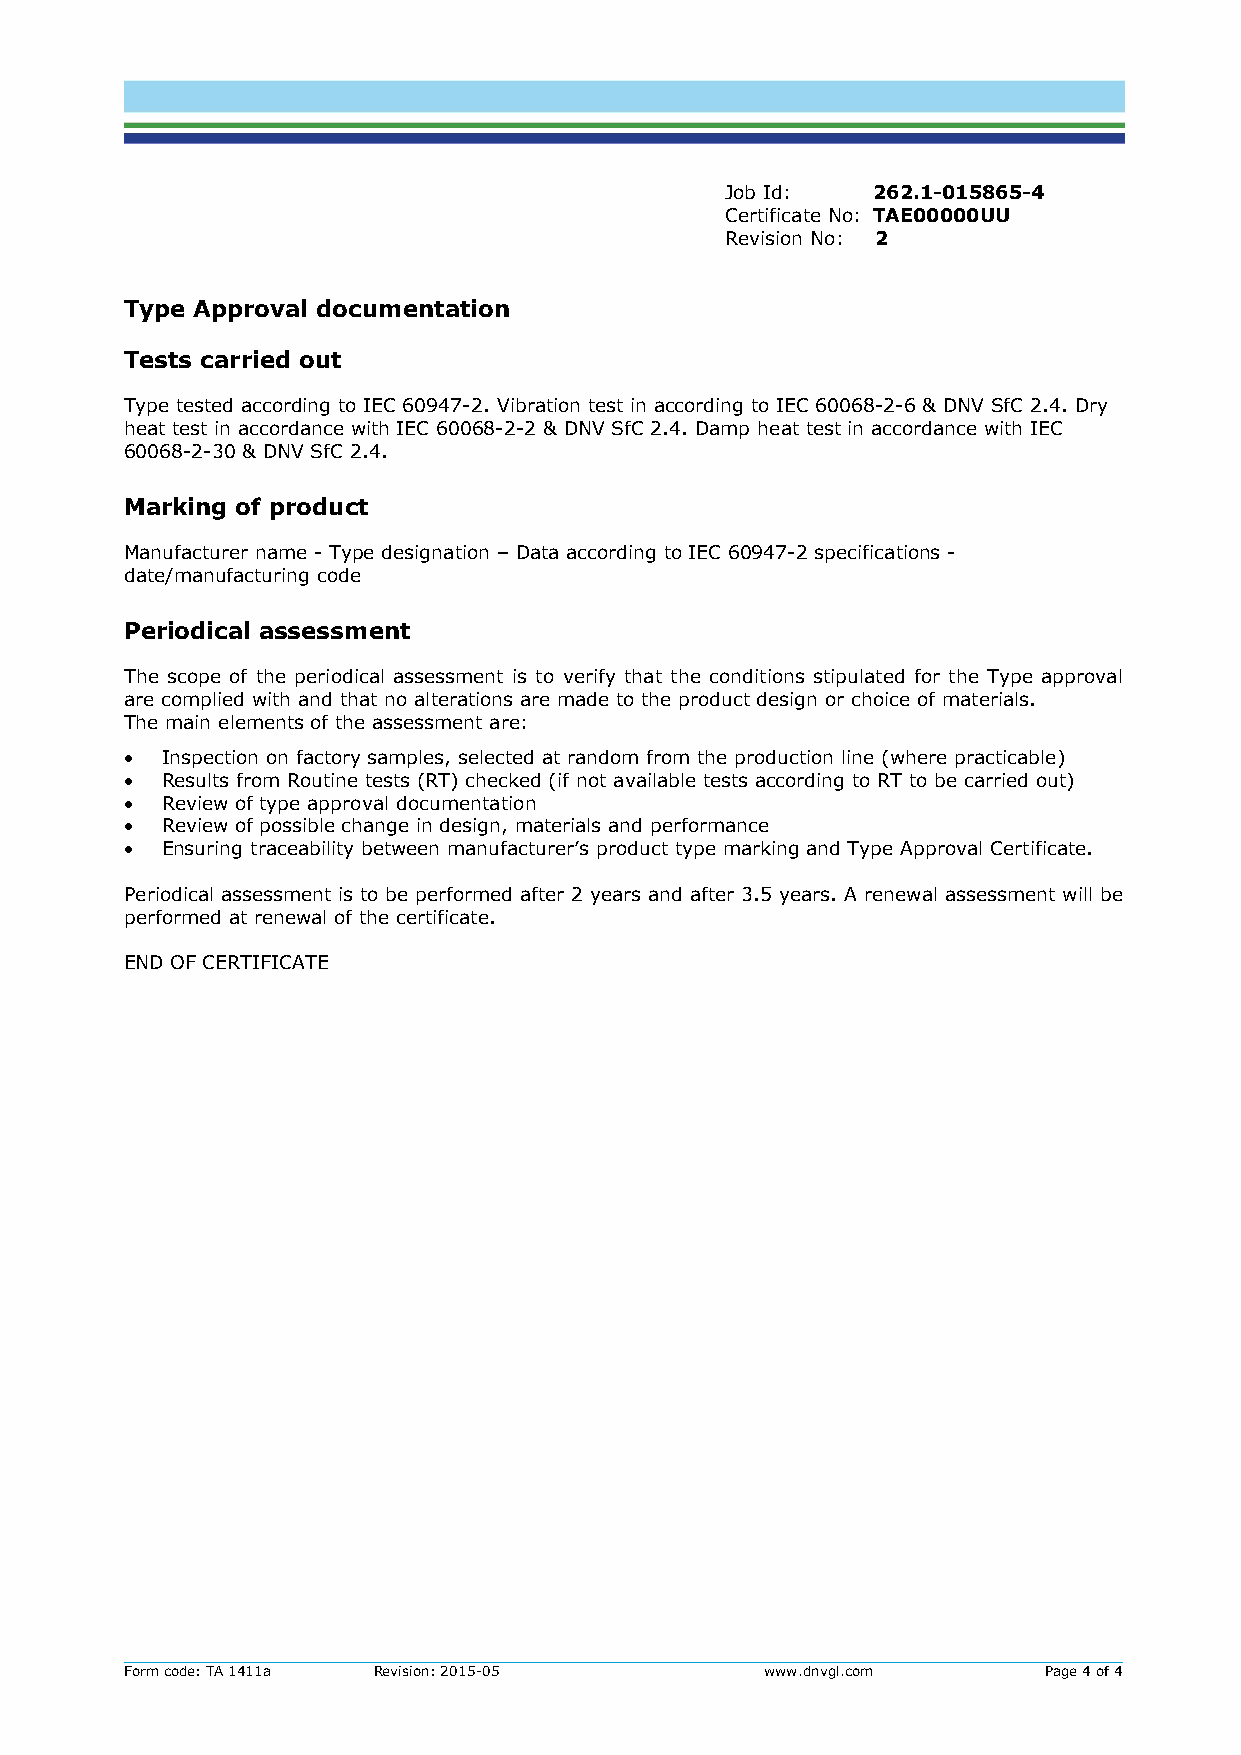
Job Id:   262.1-015865-4
 Certificate No: TAE00000UU
 Revision No: 2
 Type Approval documentation
 Tests carried out
 Type tested according to IEC 60947-2. Vibration test in according to IEC 60068-2-6 & DNV SfC 2.4. Dry
 heat test in accordance with IEC 60068-2-2 & DNV SfC 2.4. Damp heat test in accordance with IEC
 60068-2-30 & DNV SfC 2.4.
 Marking of product
 Manufacturer name - Type designation – Data according to IEC 60947-2 specifications -
 date/manufacturing code
 Periodical assessment
 The scope of the periodical assessment is to verify that the conditions stipulated for the Type approval
 are complied with and that no alterations are made to the product design or choice of materials.
 The main elements of the assessment are:
   Inspection on factory samples, selected at random from the production line (where practicable)
   Results from Routine tests (RT) checked (if not available tests according to RT to be carried out)
   Review of type approval documentation
   Review of possible change in design, materials and performance
   Ensuring traceability between manufacturer’s product type marking and Type Approval Certificate.
 Periodical assessment is to be performed after 2 years and after 3.5 years. A renewal assessment will be
 performed at renewal of the certificate.
 END OF CERTIFICATE
 Form code: TA 1411a Revision: 2015-05      www.dnvgl.com     Page 4 of 4